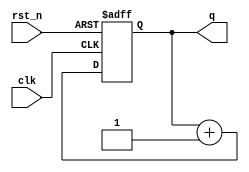
`timescale 1ns / 1ps
//////////////////////////////////////////////////////////////////////////////////
// Company: 
// Engineer: 
// 
// Design Name: 
// Module Name: lab4_2_counter
// Project Name: 
// Target Devices: 
// Tool Versions: 
// Description: 
// 
// Dependencies: 
// 
// Revision:
// Revision 0.01 - File Created
// Additional Comments:
// 
//////////////////////////////////////////////////////////////////////////////////


module lab4_2_counter(q, clk, rst_n);

output [3:0] q;
input clk;
input rst_n;

reg [3:0] q;

always@(posedge clk or negedge rst_n)
    if(~rst_n) q<= 4'd0;
    else q <= q+1;

endmodule